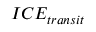
I C E _ { t r a n s i t }